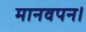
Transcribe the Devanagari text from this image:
मानवपन।